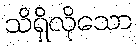
သိရှိလိုသော